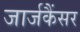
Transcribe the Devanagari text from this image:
जार्जकैंसर